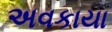
અવકાયા